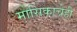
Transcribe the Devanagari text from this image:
मासिकाचेही